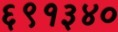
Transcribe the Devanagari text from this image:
६९१३४०